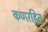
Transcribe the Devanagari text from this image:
कणरहित